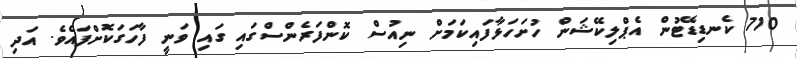
710 ކެނޑިޑޭޓުން އެޕްލިކޭޝަން ހުށަހަޅާފައިކަމަށް ނިއުސް ކޮންފަރެންސްގައި ގައި ވަނީ ފާހަގަކޮށްފައެވެ. އަދި